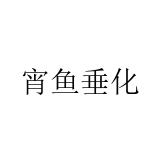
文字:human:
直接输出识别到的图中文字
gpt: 宵鱼垂化